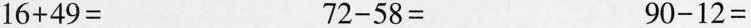
$$1 6 + 4 9=$$ $$7 2 - 5 8=$$ $$9 0 - 1 2 =$$